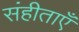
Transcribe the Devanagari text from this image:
संहीताएँ